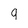
Character: 9